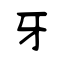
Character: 牙